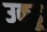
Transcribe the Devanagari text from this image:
उकडू